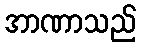
အာဏာသည်